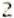
2